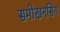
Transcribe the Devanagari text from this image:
समोखनसिंग